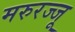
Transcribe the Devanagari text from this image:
मरुरज्जू